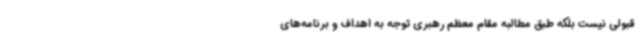
قبولی نیست بلکه طبق مطالبه مقام معظم رهبری توجه به اهداف و برنامه‌های